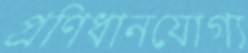
প্রণিধানযোগ্য